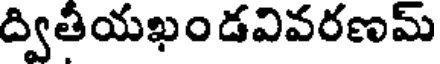
ద్వితీయఖండవివరణమ్